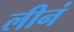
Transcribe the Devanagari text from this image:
लीनं